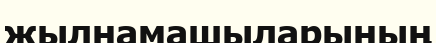
жылнамашыларының